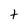
Character: t